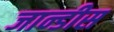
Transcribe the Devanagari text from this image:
जान्डीस